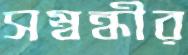
সম্বন্ধীর